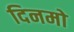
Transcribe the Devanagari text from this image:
दिनमो